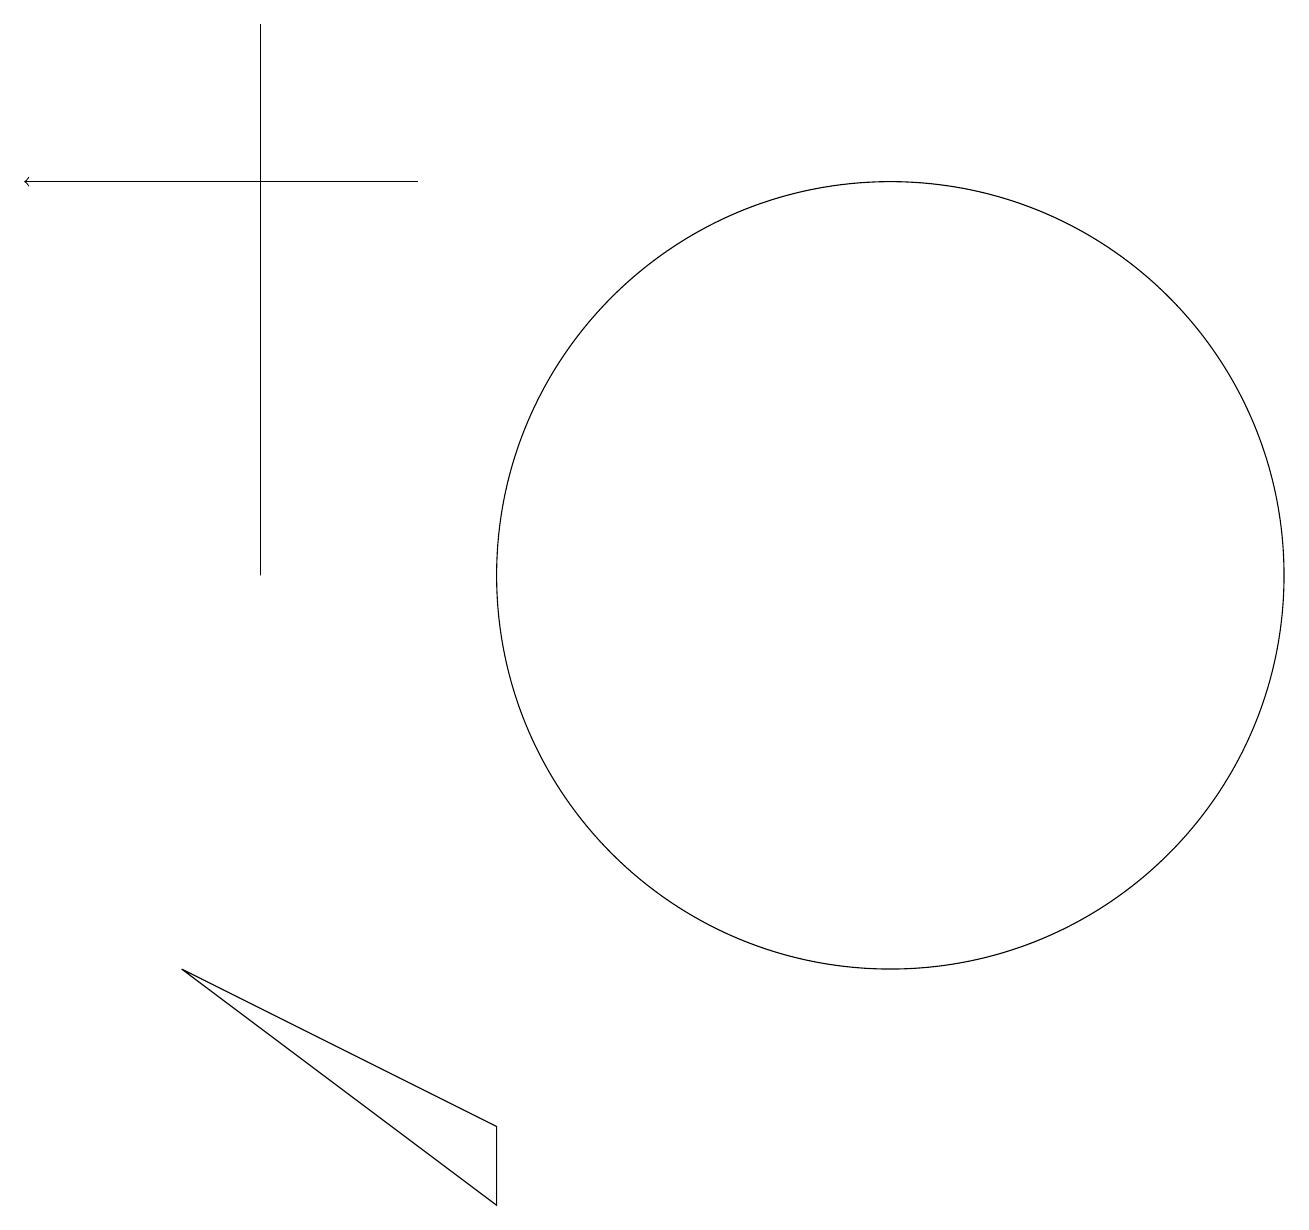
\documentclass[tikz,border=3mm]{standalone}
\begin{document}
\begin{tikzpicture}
\draw (3,17) rectangle (3,10);
\draw (2,5) -- (6,3) -- (6,2) -- cycle;
\draw[->] (5,15) -- (0,15);
\draw (11,10) circle (5);
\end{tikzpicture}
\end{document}